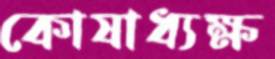
কোষাধ্যক্ষ